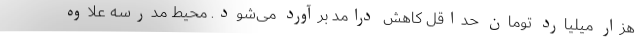
هزار میلیارد تومان حداقل کاهش درامد برآورد می‌شود. محیط مدرسه علاوه